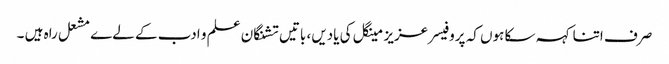
صرف اتنا کہہ سکا ہوں کہ پروفیسر عزیز مینگل کی یادیں، باتیں تشنگان علم و ادب کے لےے مشعل راہ ہیں ۔